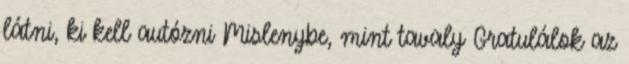
látni, ki kell autózni Mislenybe, mint tavaly Gratulálok az